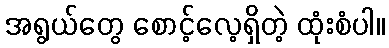
အရွယ်တွေ စောင့်လေ့ရှိတဲ့ ထုံးစံပါ။